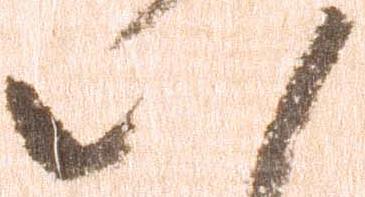
八